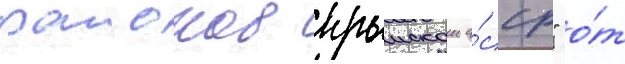
раионов крымскои а́сср" о́т